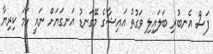
ފަސް އެނބުރި ބަލައިލި ވަގުތު އައިޝާގެ މޭގަނޑު އަނގަޔަށް ނައީ ހަމަ ކިރިޔާ